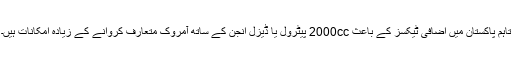
تاہم پاکستان میں اضافی ٹیکسز کے باعث 2000cc پیٹرول یا ڈیزل انجن کے ساتھ آمروک متعارف کروانے کے زیادہ امکانات ہیں۔